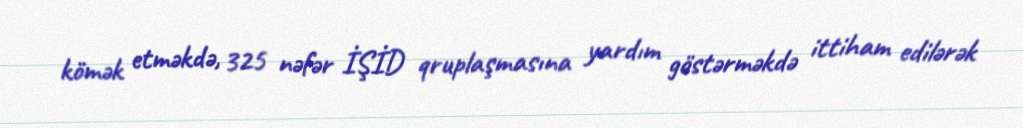
kömək etməkdə, 325 nəfər İŞİD qruplaşmasına yardım göstərməkdə ittiham edilərək